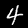
Label: 4